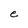
Character: e